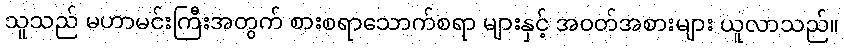
သူသည် မဟာမင်းကြီးအတွက် စားစရာသောက်စရာ များနှင့် အဝတ်အစားများ ယူလာသည်။